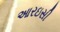
આરઇસી